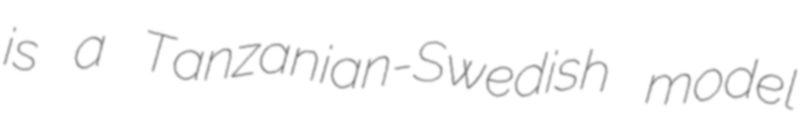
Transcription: is a Tanzanian-Swedish model